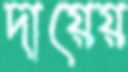
দায়েয়